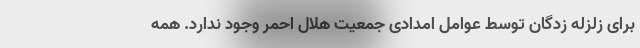
برای زلزله زدگان توسط عوامل امدادی جمعیت هلال احمر وجود ندارد. همه